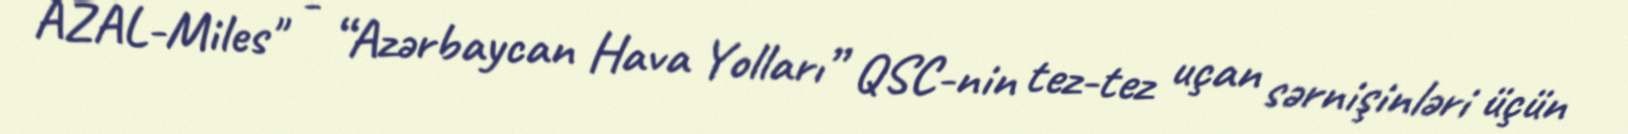
AZAL-Miles" - “Azərbaycan Hava Yolları” QSC-nin tez-tez uçan sərnişinləri üçün